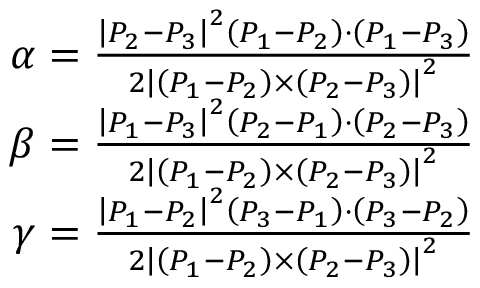
\begin{array} { r } { \alpha = { \frac { \left| P _ { 2 } - P _ { 3 } \right| ^ { 2 } \left( P _ { 1 } - P _ { 2 } \right) \cdot \left( P _ { 1 } - P _ { 3 } \right) } { 2 \left| \left( P _ { 1 } - P _ { 2 } \right) \times \left( P _ { 2 } - P _ { 3 } \right) \right| ^ { 2 } } } } \\ { \beta = { \frac { \left| P _ { 1 } - P _ { 3 } \right| ^ { 2 } \left( P _ { 2 } - P _ { 1 } \right) \cdot \left( P _ { 2 } - P _ { 3 } \right) } { 2 \left| \left( P _ { 1 } - P _ { 2 } \right) \times \left( P _ { 2 } - P _ { 3 } \right) \right| ^ { 2 } } } } \\ { \gamma = { \frac { \left| P _ { 1 } - P _ { 2 } \right| ^ { 2 } \left( P _ { 3 } - P _ { 1 } \right) \cdot \left( P _ { 3 } - P _ { 2 } \right) } { 2 \left| \left( P _ { 1 } - P _ { 2 } \right) \times \left( P _ { 2 } - P _ { 3 } \right) \right| ^ { 2 } } } } \end{array}